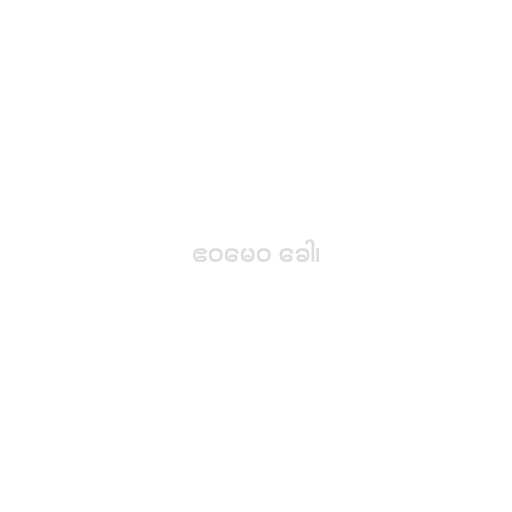
ဧဝမေဝ ခေါ၊